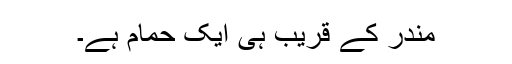
مندر کے قریب ہی ایک حمام ہے۔